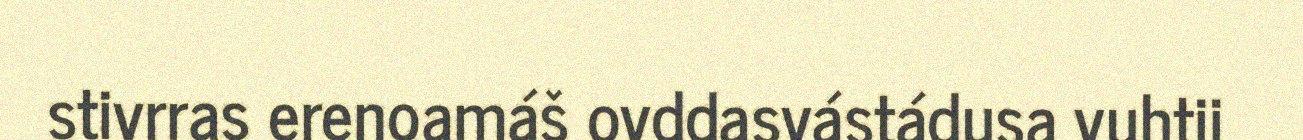
stivrras erenoamáš ovddasvástádusa vuhtii